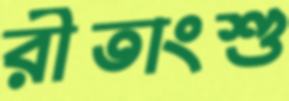
রীতাংশু